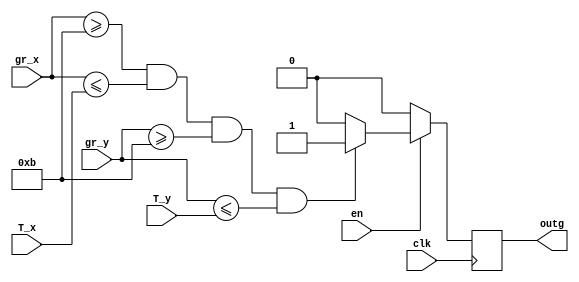
module GREEN_DRAW(
	input wire clk,
//	input wire reset,	
	input wire en,
	
	input wire [10:0]gr_x,
	input wire [9:0]gr_y,
	input wire [10:0]T_x,
	input wire [9:0]T_y,
	
	output reg outg
	
	);
	
parameter[10:0] x1 = 11'd11;
parameter[10:0] x2 = 11'd161;
parameter[9:0] y1 = 11'd11;
parameter[9:0] y2 = 11'd109;


always @ (posedge clk)
	begin
		if (en == 1) 
		begin
			if ((gr_x[10:0]>=x1[10:0])&&(gr_x[10:0]<=T_x)&&(gr_y[9:0]>=y1)&&(gr_y[9:0]<=T_y))
				begin
					outg = 1;
				end
				else
					outg = 0;
		end
		else
			outg = 0;
	end	
endmodule